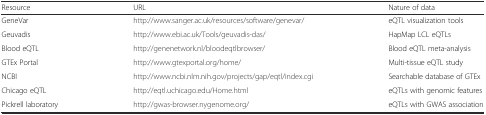
<table><thead><tr><td><b>Resource</b></td><td><b>URL</b></td><td><b>Nature of data</b></td></tr></thead><tbody><tr><td>GeneVar</td><td>http://www.sanger.ac.uk/resources/software/genevar/</td><td>eQTL visualization tools</td></tr><tr><td>Geuvadis</td><td>http://www.ebi.ac.uk/Tools/geuvadis-das/</td><td>HapMap LCL eQTLs</td></tr><tr><td>Blood eQTL</td><td>http://genenetwork.nl/bloodeqtlbrowser/</td><td>Blood eQTL meta-analysis</td></tr><tr><td>GTEx Portal</td><td>http://www.gtexportal.org/home/</td><td>Multi-tissue eQTL study</td></tr><tr><td>NCBI</td><td>http://www.ncbi.nlm.nih.gov/projects/gap/eqtl/index.cgi</td><td>Searchable database of GTEx</td></tr><tr><td>Chicago eQTL</td><td>http://eqtl.uchicago.edu/Home.html</td><td>eQTLs with genomic features</td></tr><tr><td>Pickrell laboratory</td><td>http://gwas-browser.nygenome.org/</td><td>eQTLs with GWAS association</td></tr></tbody></table>